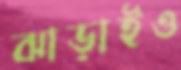
ঝাড়াইও